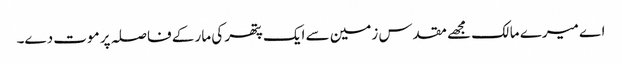
اے میرے مالک مجھے مقدس زمین سے ایک پتھر کی مار کے فاصلہ پر موت دے۔